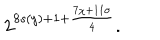
LaTeX: 2 ^ { 8 s ( y ) + 1 + \frac { 7 \chi + 1 1 \sigma } { 4 } } .